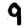
Digit: 9